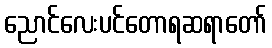
ညောင်လေးပင်တောရဆရာတော်